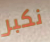
نكبر